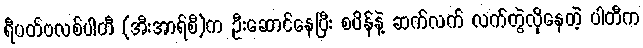
ရီပတ်ဗလစ်ပါတီ (အီးအာရ်စီ)က ဦးဆောင်နေပြီး စပိန်နဲ့ ဆက်လက် လက်တွဲလိုနေတဲ့ ပါတီက